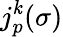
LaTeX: j_{p}^{\mathit{k}}(\sigma)